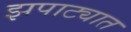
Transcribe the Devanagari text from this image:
झपाट्यात